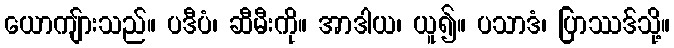
ယောကျ်ားသည်။ ပဒီပံ၊ ဆီမီးကို။ အာဒါယ၊ ယူ၍။ ပသာဒံ၊ ပြာဿဒ်သို့။